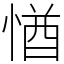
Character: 㥢